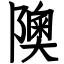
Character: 隩